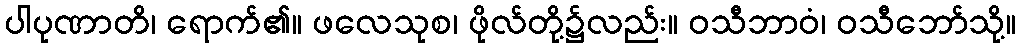
ပါပုဏာတိ၊ ရောက်၏။ ဖလေသုစ၊ ဖိုလ်တို့၌လည်း။ ဝသီဘာဝံ၊ ဝသီဘော်သို့။